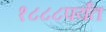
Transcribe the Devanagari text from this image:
१८८८पर्यंत